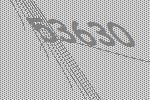
53630